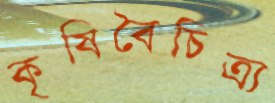
কৃষিবৈচিত্র্য